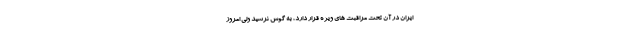
ایران در آن تحت مراقبت های ویژه قرار دارد، به گوش نرسید ولی امروز